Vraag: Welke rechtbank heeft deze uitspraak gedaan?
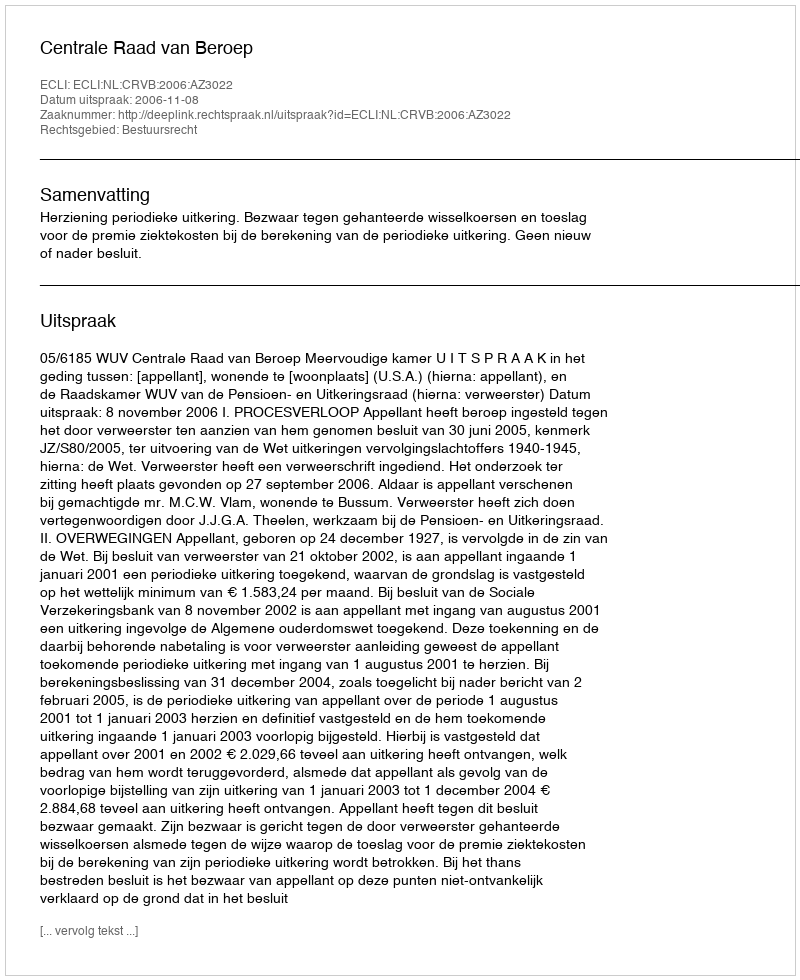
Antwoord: Centrale Raad van Beroep